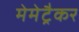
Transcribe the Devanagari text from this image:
मेमेट्रैकर